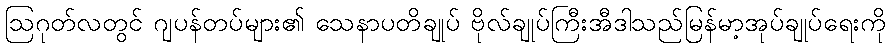
ဩဂုတ်လတွင် ဂျပန်တပ်များ၏ သေနာပတိချုပ် ဗိုလ်ချုပ်ကြီးအီဒါသည်မြန်မာ့အုပ်ချုပ်ရေးကို